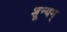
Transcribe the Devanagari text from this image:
शून्यम्